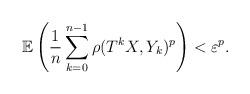
LaTeX: \begin{align*}\mathbb{E}\left(\frac{1}{n}\sum_{k=0}^{n-1}\rho(T^{k}X,Y_{k})^p\right)<\varepsilon^p.\end{align*}